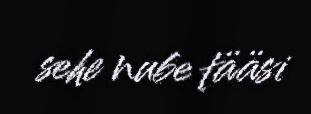
sehe nube tääsi